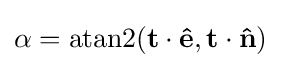
\alpha =\operatorname {atan2} (\mathbf {t} \cdot \mathbf {\hat {e}} ,\mathbf {t} \cdot \mathbf {\hat {n}} )